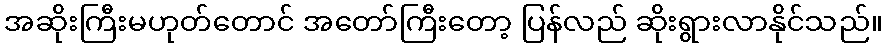
အဆိုးကြီးမဟုတ်တောင် အတော်ကြီးတော့ ပြန်လည် ဆိုးရွားလာနိုင်သည်။